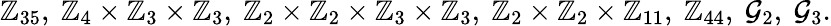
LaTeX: \mathbb{Z}_{35},\ \mathbb{Z}_{4}\times\mathbb{Z}_{3}\times\mathbb{Z}_{3},\ \mathbb{Z}_{2}\times\mathbb{Z}_{2}\times\mathbb{Z}_{3}\times\mathbb{Z}_{3},\ \mathbb{Z}_{2}\times\mathbb{Z}_{2}\times\mathbb{Z}_{11},\ \mathbb{Z}_{44},\ \mathcal{G}_{2},\ \mathcal{G}_{3}.